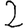
Digit: 2